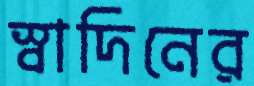
স্বাদিনের